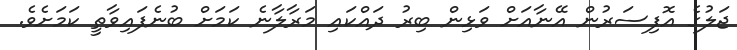
ޖަލުގެ އޮފިސަރުން އޭނާއަށް ވަޅިން ބިރު ދައްކައި މަރާލާނެ ކަމަށް ބުނެފައިވާތީ ކަމަށެވެ.